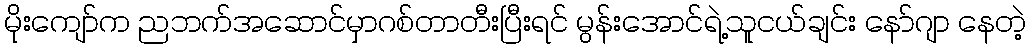
မိုးကျော်က ညဘက်အဆောင်မှာဂစ်တာတီးပြီးရင် မွန်းအောင်ရဲ့သူငယ်ချင်း နော်ဂျာ နေတဲ့